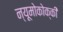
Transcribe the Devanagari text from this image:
न्यूमोकोक्की